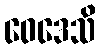
ဝေဒေသိ